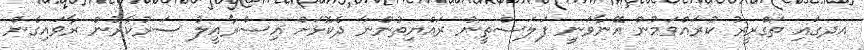
އދގައި ތަގްރީރު ކުރައްވަމުން އޭނާވަނީ ފަލަސްތީނު ރައްޔިތުންނާ ދެކޮޅަށް އިސްރާއީލު ސަރުކާރުން ރާވައިގެން